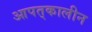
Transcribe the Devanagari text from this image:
आपत्‌कालीन